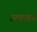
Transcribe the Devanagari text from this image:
अक्खड